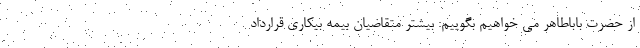
از حضرت باباطاهر می خواهیم بگوییم: بیشتر متقاضیان بیمه بیکاری قرارداد